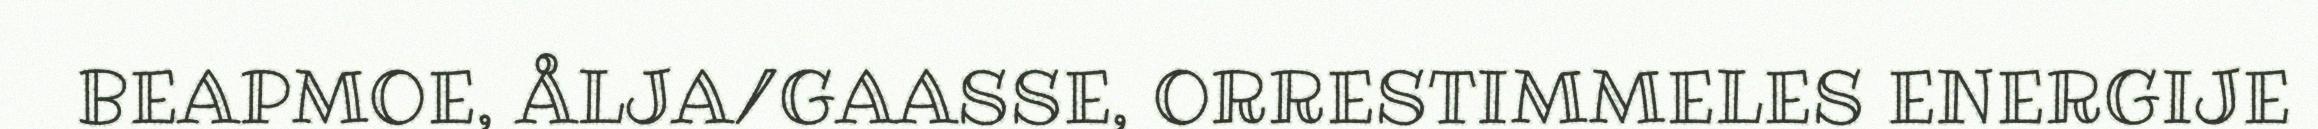
BEAPMOE, ÅLJA/GAASSE, ORRESTIMMELES ENERGIJE